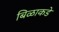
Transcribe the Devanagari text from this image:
बिळाकडे